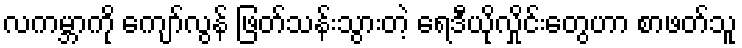
လကမ္ဘာကို ကျော်လွန် ဖြတ်သန်းသွားတဲ့ ရေဒီယိုလှိုင်းတွေဟာ စာဖတ်သူ